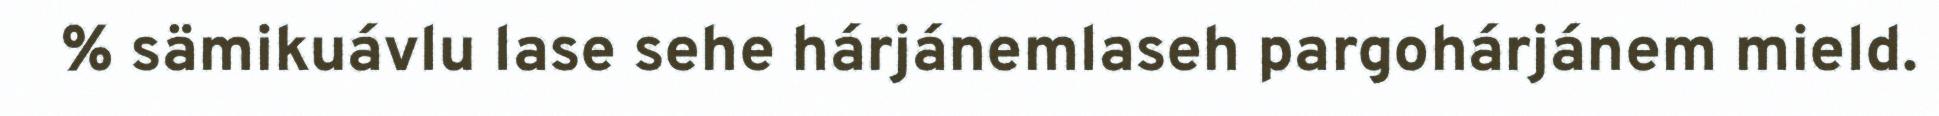
% sämikuávlu lase sehe hárjánemlaseh pargohárjánem mield.